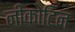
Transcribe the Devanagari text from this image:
नीकोटिन